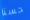
حسنا